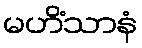
မဟိံသာနံ